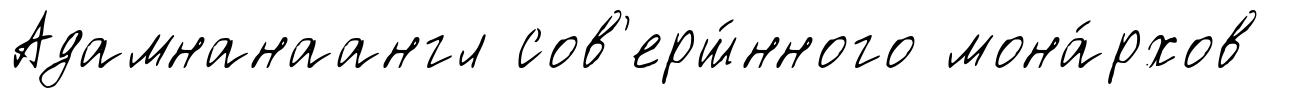
Адамнанаангл сов'ерш́нного мона́рхов